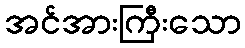
အင်အားကြီးသော